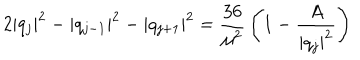
2 | q _ { j } | ^ { 2 } - | q _ { j - 1 } | ^ { 2 } - | q _ { j + 1 } | ^ { 2 } = { \frac { 3 6 } { \mu ^ { 2 } } } \left( 1 - { \frac { A } { | q _ { j } | ^ { 2 } } } \right)